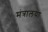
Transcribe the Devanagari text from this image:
मंत्रालया